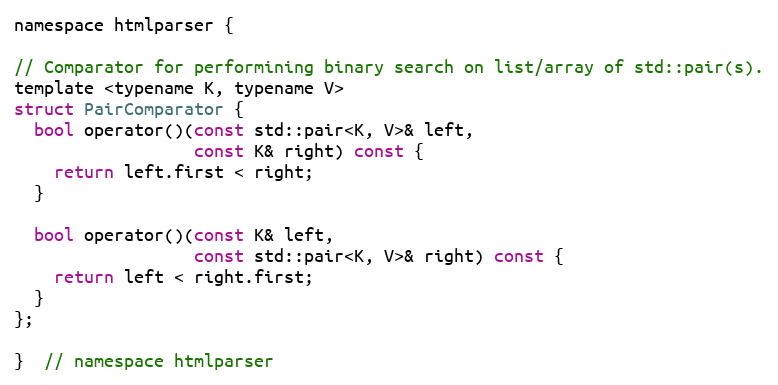
Language: C
namespace htmlparser {

// Comparator for performining binary search on list/array of std::pair(s).
template <typename K, typename V>
struct PairComparator {
  bool operator()(const std::pair<K, V>& left,
                  const K& right) const {
    return left.first < right;
  }

  bool operator()(const K& left,
                  const std::pair<K, V>& right) const {
    return left < right.first;
  }
};

}  // namespace htmlparser